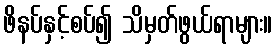
ဖိနပ်နှင့်စပ်၍ သိမှတ်ဖွယ်ရာများ။